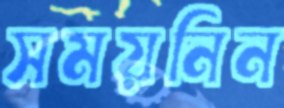
সময়নিন